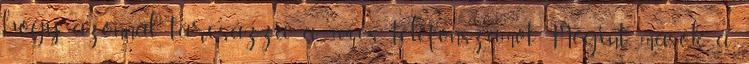
hogy azonnal tárcsázza a 104-es telefonszámot. Megint mások a